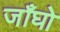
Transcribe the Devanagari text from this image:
जाँघो